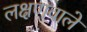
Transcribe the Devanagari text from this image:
लक्षणवाले